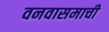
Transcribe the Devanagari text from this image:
वनवासमाची